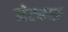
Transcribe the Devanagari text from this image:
मेटकाफ़